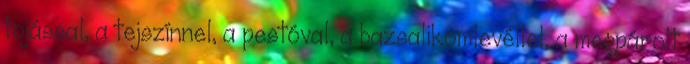
tojással, a tejszínnel, a pestóval, a bazsalikomlevéllel, a megpárolt